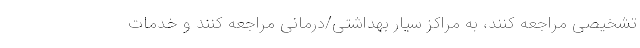
تشخیصی مراجعه کنند، به مراکز سیار بهداشتی/درمانی مراجعه کنند و خدمات